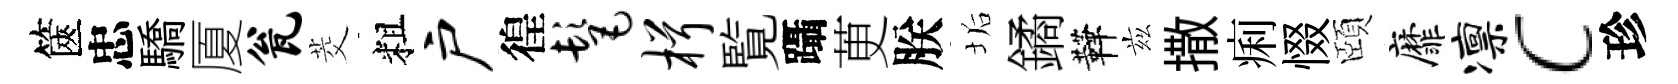
篋忠驕厦瓮茭粗户徨髦楫覧躡茰朕垢鐍鞾兹撒痢惙頤靡凛c珍